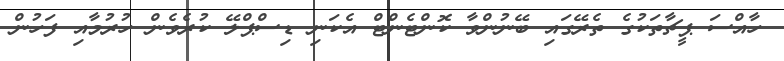
ހާއްސަ ޕީޗާތަކުގެ ތެރޭގައި ބޭނުންވާ ކޮންޓެންޓް އެކަނި ޑިސްޕްލޭ ކުރެވެން ހުރުމާއި ފަހުން